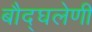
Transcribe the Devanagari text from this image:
बौद्घलेणी